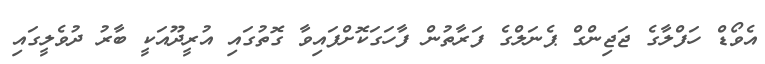
އެވޯޑް ހަފްލާގެ ޖަޖިންގް ޕެނަލްގެ ފަރާތުން ފާހަގަކޮށްފައިވާ ގޮތުގައި އުރީދޫއަކީ ބާރު ދުވެލީގައި